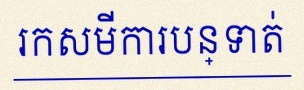
រកសមីការបន្ទាត់